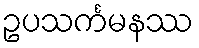
ဥပသင်္ကမနဿ